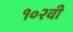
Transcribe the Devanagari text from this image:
१०२वी